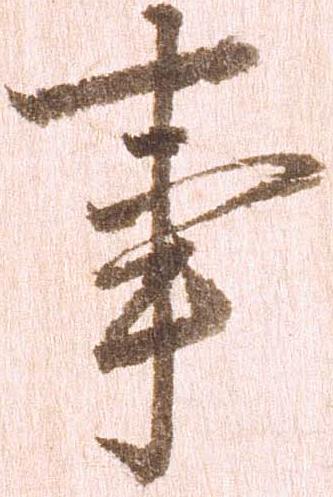
事